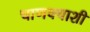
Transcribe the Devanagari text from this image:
चाणक्याशी